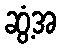
ဆွံ့အ